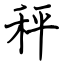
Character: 秤